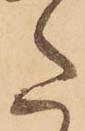
た